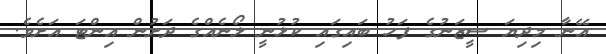
އޭނާ މިދިޔަ ސީޒަނުގެ ފަހު ބައިގައި ކުޅުނީ ލޯނެއްގެ ދަށުން އިންޓަ އަށެވެ.